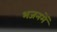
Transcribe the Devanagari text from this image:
भजनमें